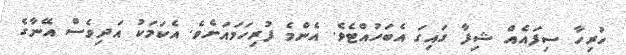
ހުރިހާ ސިފައެއް ޝިފާ ގައިގަ އެބަހުއްޓެވެ. އެންމެ ފުރިހަމައަށެވެ. އެކަމަކު އަދިވެސް އޭނާގެ